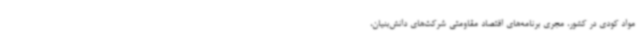
مواد کودی در کشور، مجری برنامه‌های اقتصاد مقاومتی شرکت‌های دانش‌بنیان،